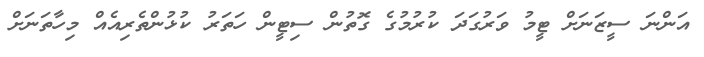
އަންނަ ސީޒަނަށް ޓީމު ވަރުގަދަ ކުރުމުގެ ގޮތުން ސިޓީން ހަތަރު ކުޅުންތެރިއެއް މިހާތަނަށް